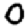
Digit: 0